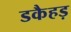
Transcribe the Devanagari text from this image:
डकैहड़